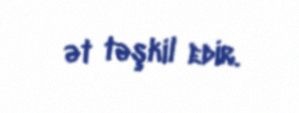
ət təşkil edir.